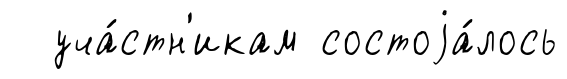
уча́стн'икам состоjа́лось